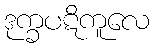
ဒုက္ခပဋိကူလေ